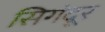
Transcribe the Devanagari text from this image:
सिगंदूर